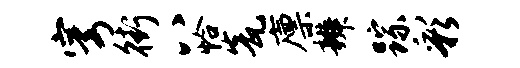
穹街八恰瓮廪辨踪彩